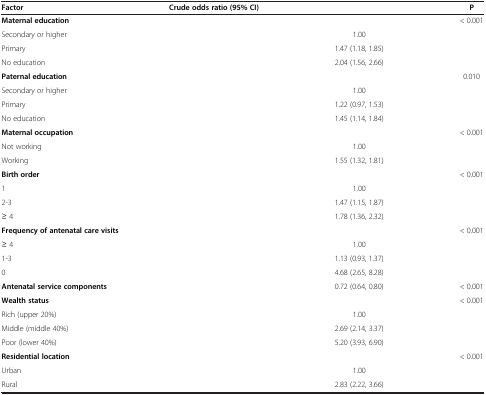
<table><thead><tr><td><b>Factor</b></td><td><b>Crude odds ratio (95% CI)</b></td><td>[EMPTY_CELL]</td><td><b>P</b></td></tr></thead><tbody><tr><td><b>Maternal education</b></td><td>[EMPTY_CELL]</td><td>[EMPTY_CELL]</td><td>&lt; 0.001</td></tr><tr><td>Secondary or higher</td><td>[EMPTY_CELL]</td><td>1.00</td><td>[EMPTY_CELL]</td></tr><tr><td>Primary</td><td>[EMPTY_CELL]</td><td>1.47 (1.18, 1.85)</td><td>[EMPTY_CELL]</td></tr><tr><td>No education</td><td>[EMPTY_CELL]</td><td>2.04 (1.56, 2.66)</td><td>[EMPTY_CELL]</td></tr><tr><td><b>Paternal education</b></td><td>[EMPTY_CELL]</td><td>[EMPTY_CELL]</td><td>0.010</td></tr><tr><td>Secondary or higher</td><td>[EMPTY_CELL]</td><td>1.00</td><td>[EMPTY_CELL]</td></tr><tr><td>Primary</td><td>[EMPTY_CELL]</td><td>1.22 (0.97, 1.53)</td><td>[EMPTY_CELL]</td></tr><tr><td>No education</td><td>[EMPTY_CELL]</td><td>1.45 (1.14, 1.84)</td><td>[EMPTY_CELL]</td></tr><tr><td><b>Maternal occupation</b></td><td>[EMPTY_CELL]</td><td>[EMPTY_CELL]</td><td>&lt; 0.001</td></tr><tr><td>Not working</td><td>[EMPTY_CELL]</td><td>1.00</td><td>[EMPTY_CELL]</td></tr><tr><td>Working</td><td>[EMPTY_CELL]</td><td>1.55 (1.32, 1.81)</td><td>[EMPTY_CELL]</td></tr><tr><td><b>Birth order</b></td><td>[EMPTY_CELL]</td><td>[EMPTY_CELL]</td><td>&lt; 0.001</td></tr><tr><td>1</td><td>[EMPTY_CELL]</td><td>1.00</td><td>[EMPTY_CELL]</td></tr><tr><td>2-3</td><td>[EMPTY_CELL]</td><td>1.47 (1.15, 1.87)</td><td>[EMPTY_CELL]</td></tr><tr><td>≥ 4</td><td>[EMPTY_CELL]</td><td>1.78 (1.36, 2.32)</td><td>[EMPTY_CELL]</td></tr><tr><td><b>Frequency of antenatal care visits</b></td><td>[EMPTY_CELL]</td><td>[EMPTY_CELL]</td><td>&lt; 0.001</td></tr><tr><td>≥ 4</td><td>[EMPTY_CELL]</td><td>1.00</td><td>[EMPTY_CELL]</td></tr><tr><td>1-3</td><td>[EMPTY_CELL]</td><td>1.13 (0.93, 1.37)</td><td>[EMPTY_CELL]</td></tr><tr><td>0</td><td>[EMPTY_CELL]</td><td>4.68 (2.65, 8.28)</td><td>[EMPTY_CELL]</td></tr><tr><td><b>Antenatal service components</b></td><td>[EMPTY_CELL]</td><td>0.72 (0.64, 0.80)</td><td>&lt; 0.001</td></tr><tr><td><b>Wealth status</b></td><td>[EMPTY_CELL]</td><td>[EMPTY_CELL]</td><td>&lt; 0.001</td></tr><tr><td>Rich (upper 20%)</td><td>[EMPTY_CELL]</td><td>1.00</td><td>[EMPTY_CELL]</td></tr><tr><td>Middle (middle 40%)</td><td>[EMPTY_CELL]</td><td>2.69 (2.14, 3.37)</td><td>[EMPTY_CELL]</td></tr><tr><td>Poor (lower 40%)</td><td>[EMPTY_CELL]</td><td>5.20 (3.93, 6.90)</td><td>[EMPTY_CELL]</td></tr><tr><td><b>Residential location</b></td><td>[EMPTY_CELL]</td><td>[EMPTY_CELL]</td><td>&lt; 0.001</td></tr><tr><td>Urban</td><td>[EMPTY_CELL]</td><td>1.00</td><td>[EMPTY_CELL]</td></tr><tr><td>Rural</td><td>[EMPTY_CELL]</td><td>2.83 (2.22, 3.66)</td><td>[EMPTY_CELL]</td></tr></tbody></table>